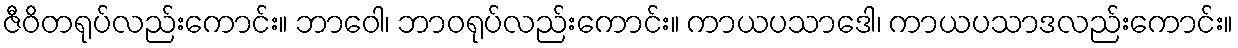
ဇီဝိတရုပ်လည်းကောင်း။ ဘာဝေါ၊ ဘာဝရုပ်လည်းကောင်း။ ကာယပသာဒေါ၊ ကာယပသာဒလည်းကောင်း။